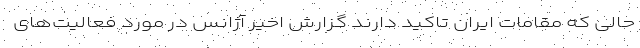
حالی که مقامات ایران تاکید دارند گزارش اخیر آژانس در مورد فعالیت‌های